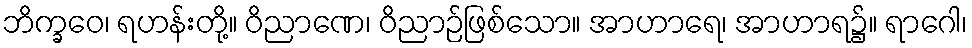
ဘိက္ခဝေ၊ ရဟန်းတို့။ ဝိညာဏေ၊ ဝိညာဉ်ဖြစ်သော။ အာဟာရေ၊ အာဟာရ၌။ ရာဂေါ၊